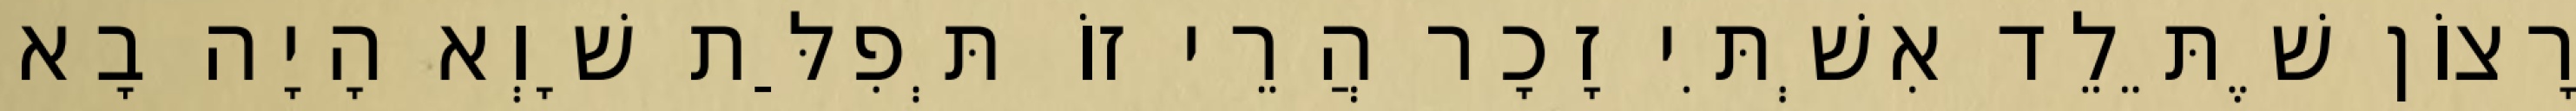
רָצוֹן שֶׁתֵּלֵד אִשְׁתִּי זָכָר הֲרֵי זוֹ תְּפִלַּת שָׁוְא הָיָה בָא